Civil Veterinary Dept. Bombay admin report 1900-1906 - 1900-1906
Year: 1900
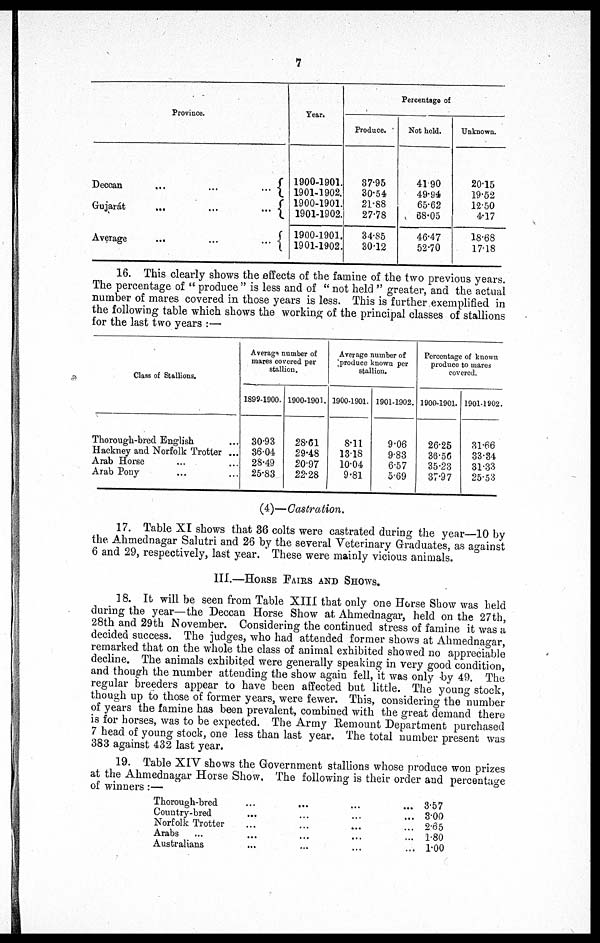
7
Province
Deccan
...
...
...
Gujarát
...
...
...
Average
...
...
...
Year.
1900-1901.
1901-1902.
1900-1901.
1901-1902.
1900-1901.
1901-1902.
Percentage of
Produce.
37.95
30.54
21.88
27.78
34.85
30.12
Not held.
41.90
49.94
65.62
68.05
46.47
52.70
Unknown.
20.15
19.52
12.50
4.17
18.68
17.18
16. This clearly shows the effects of the famine of the two previous years.
The percentage of " produce " is less and of " not held " greater, and the actual
number of mares covered in those years is less. This is further exemplified in
the following table which shows the working of the principal classes of stallions
for the last two years :—
Class of Stallions.
Thorough-bred English ....
Hackney and Norfolk Trotter ...
Arab Horse ... ...
Arab Pony ... ...
Average number of
mares covered per
stallion.
1899-1900.
30.93
36.04
28.49
25.83
1900-1901.
28.61
29.48
20.97
22.28
Average number of
produce known per
stallion.
1900-1901.
8.11
13.18
10.04
9.81
1901-1902.
9.06
9.83
6.57
5.69
Percentage of known
produce to mares
covered.
1900-1901.
26.25
36.56
35.23
37.97
1901-1902.
31.66
33.34
31.33
25.53
(4)—Castration.
17. Table XI shows that 36 colts were castrated during the year—10 by
the Ahmednagar Salutri and 26 by the several Veterinary Graduates, as against
6 and 29, respectively, last year. These were mainly vicious animals.
III.—HORSE FAIRS AND SHOWS.
18. It will be seen from Table XIII that only one Horse Show was held
during the year—the Deccan Horse Show at Ahmednagar, held on the 27th,
28th and 29th November. Considering the continued stress of famine it was a
decided success. The judges, who had attended former shows at Ahmednagar,
remarked that on the whole the class of animal exhibited showed no appreciable
decline. The animals exhibited were generally speaking in very good condition,
and though the number attending the show again fell, it was only by 49. The
regular breeders appear to have been affected but little. The young stock,
though up to those of former years, were fewer. This, considering the number
of years the famine has been prevalent, combined with the great demand there
is for horses, was to be expected. The Army Remount Department purchased
7 head of young stock, one less than last year. The total number present was
383 against 432 last year.
19. Table XIV shows the Government stallions whose produce won prizes
at the Ahmednagar Horse Show. The following is their order and percentage
of winners :—
Thorough-bred ... ... ... ...
Country-bred ... ... ... ...
Norfolk Trotter ... ... ... ...
Arabs ... ... ... ...
Australians ... ... ... ...
3.57
3.00
2.65
1.80
1.00